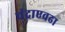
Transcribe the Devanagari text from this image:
चंद्राएवढा